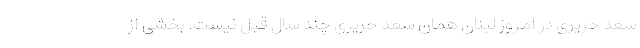
سعد حریری در امروز لبنان همان سعد حریری چند سال قبل نیست. بخشی از